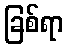
ခြစ်ရာ